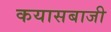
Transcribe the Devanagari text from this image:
कयासबाजी